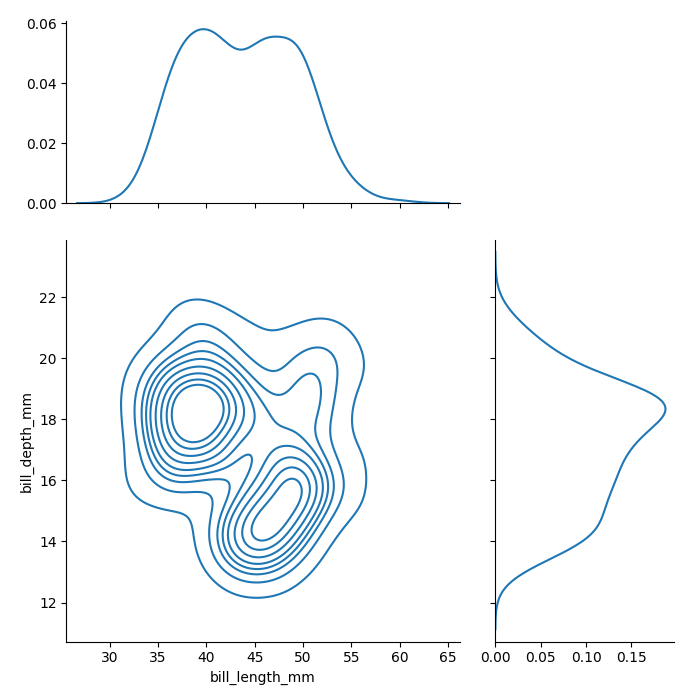
python, seaborn, jointplot, kind='kde', height='7', ratio='2', marginal_ticks='True'